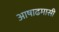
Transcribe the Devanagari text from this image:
आषाढमासी